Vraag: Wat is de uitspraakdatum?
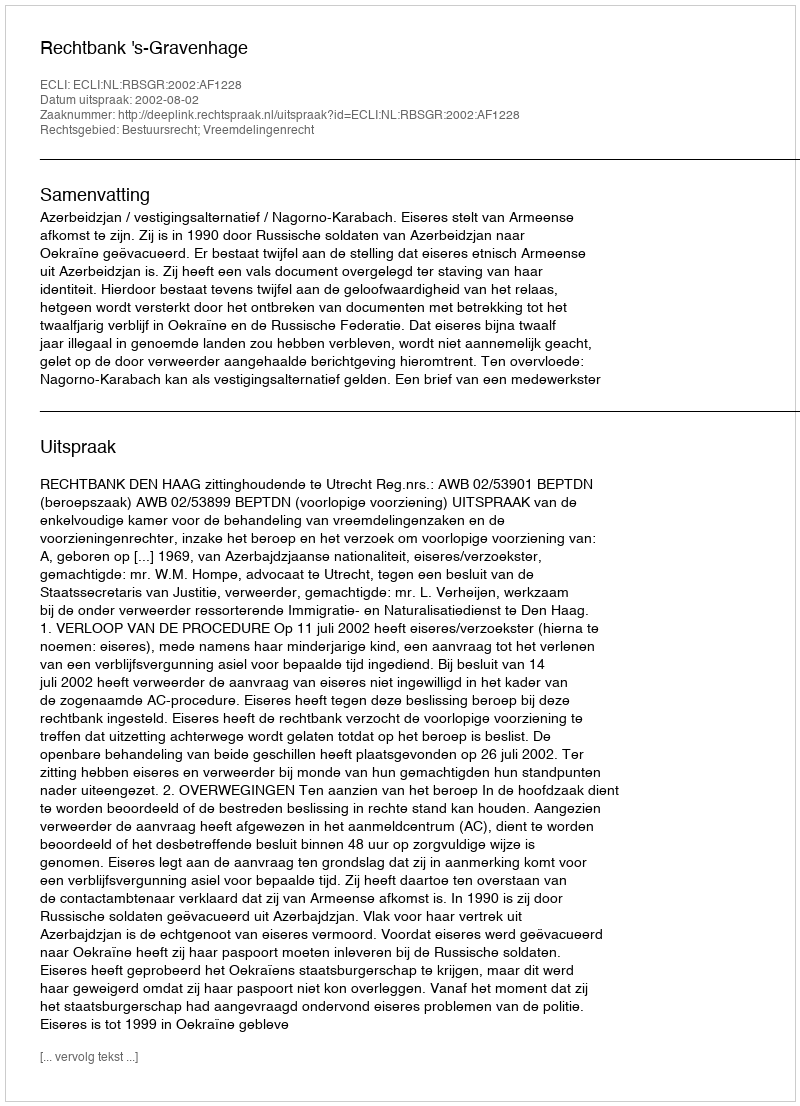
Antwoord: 2002-08-02